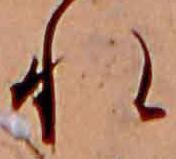
れ